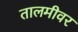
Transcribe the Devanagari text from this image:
तालमीवर